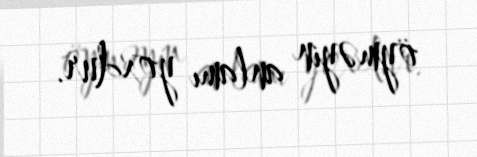
öyməyin anlamı yoxdur.